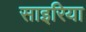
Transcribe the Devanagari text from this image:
साइरिया